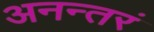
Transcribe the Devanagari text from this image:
अनन्तरं